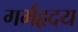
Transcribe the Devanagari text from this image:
गर्भहृदय